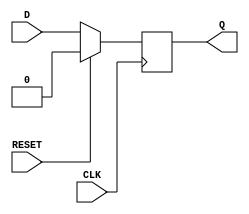
module d_flip_flop (
    input wire CLK,
    input wire RESET,
    input wire D,
    output reg Q
);

always @ (posedge CLK) begin
    if (RESET) begin
        Q <= 1'b0;
    end else begin
        Q <= D;
    end
end

endmodule